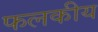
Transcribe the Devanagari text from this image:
फलकीय